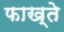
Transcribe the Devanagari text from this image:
फाख्ते